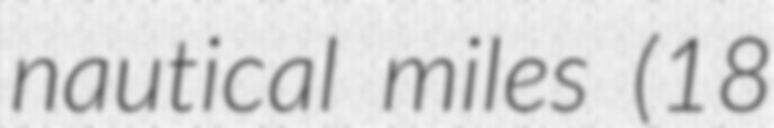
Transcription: nautical miles (18